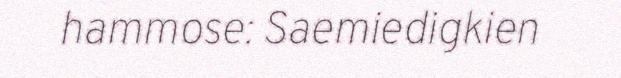
hammose: Saemiedigkien